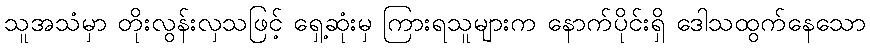
သူအသံမှာ တိုးလွန်းလှသဖြင့် ရှေ့ဆုံးမှ ကြားရသူများက နောက်ပိုင်းရှိ ဒေါသထွက်နေသော